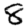
Digit: 8